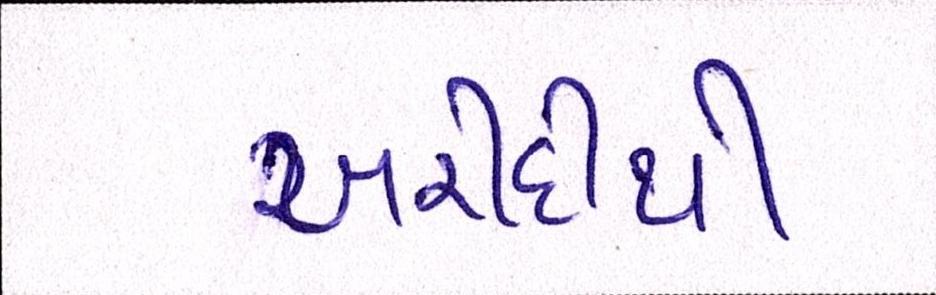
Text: ખરીદીથી